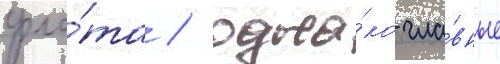
фло́та / одна́ко гла́вные